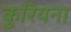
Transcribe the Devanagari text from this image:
कुरियना